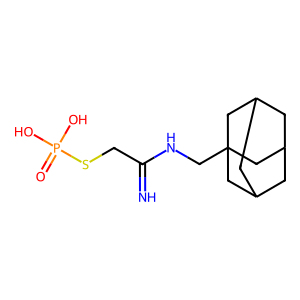
SMILES: N=C(CSP(=O)(O)O)NCC12CC3CC(CC(C3)C1)C2
Inhibits HIV replication: No